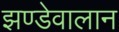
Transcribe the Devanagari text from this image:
झण्डेवालान